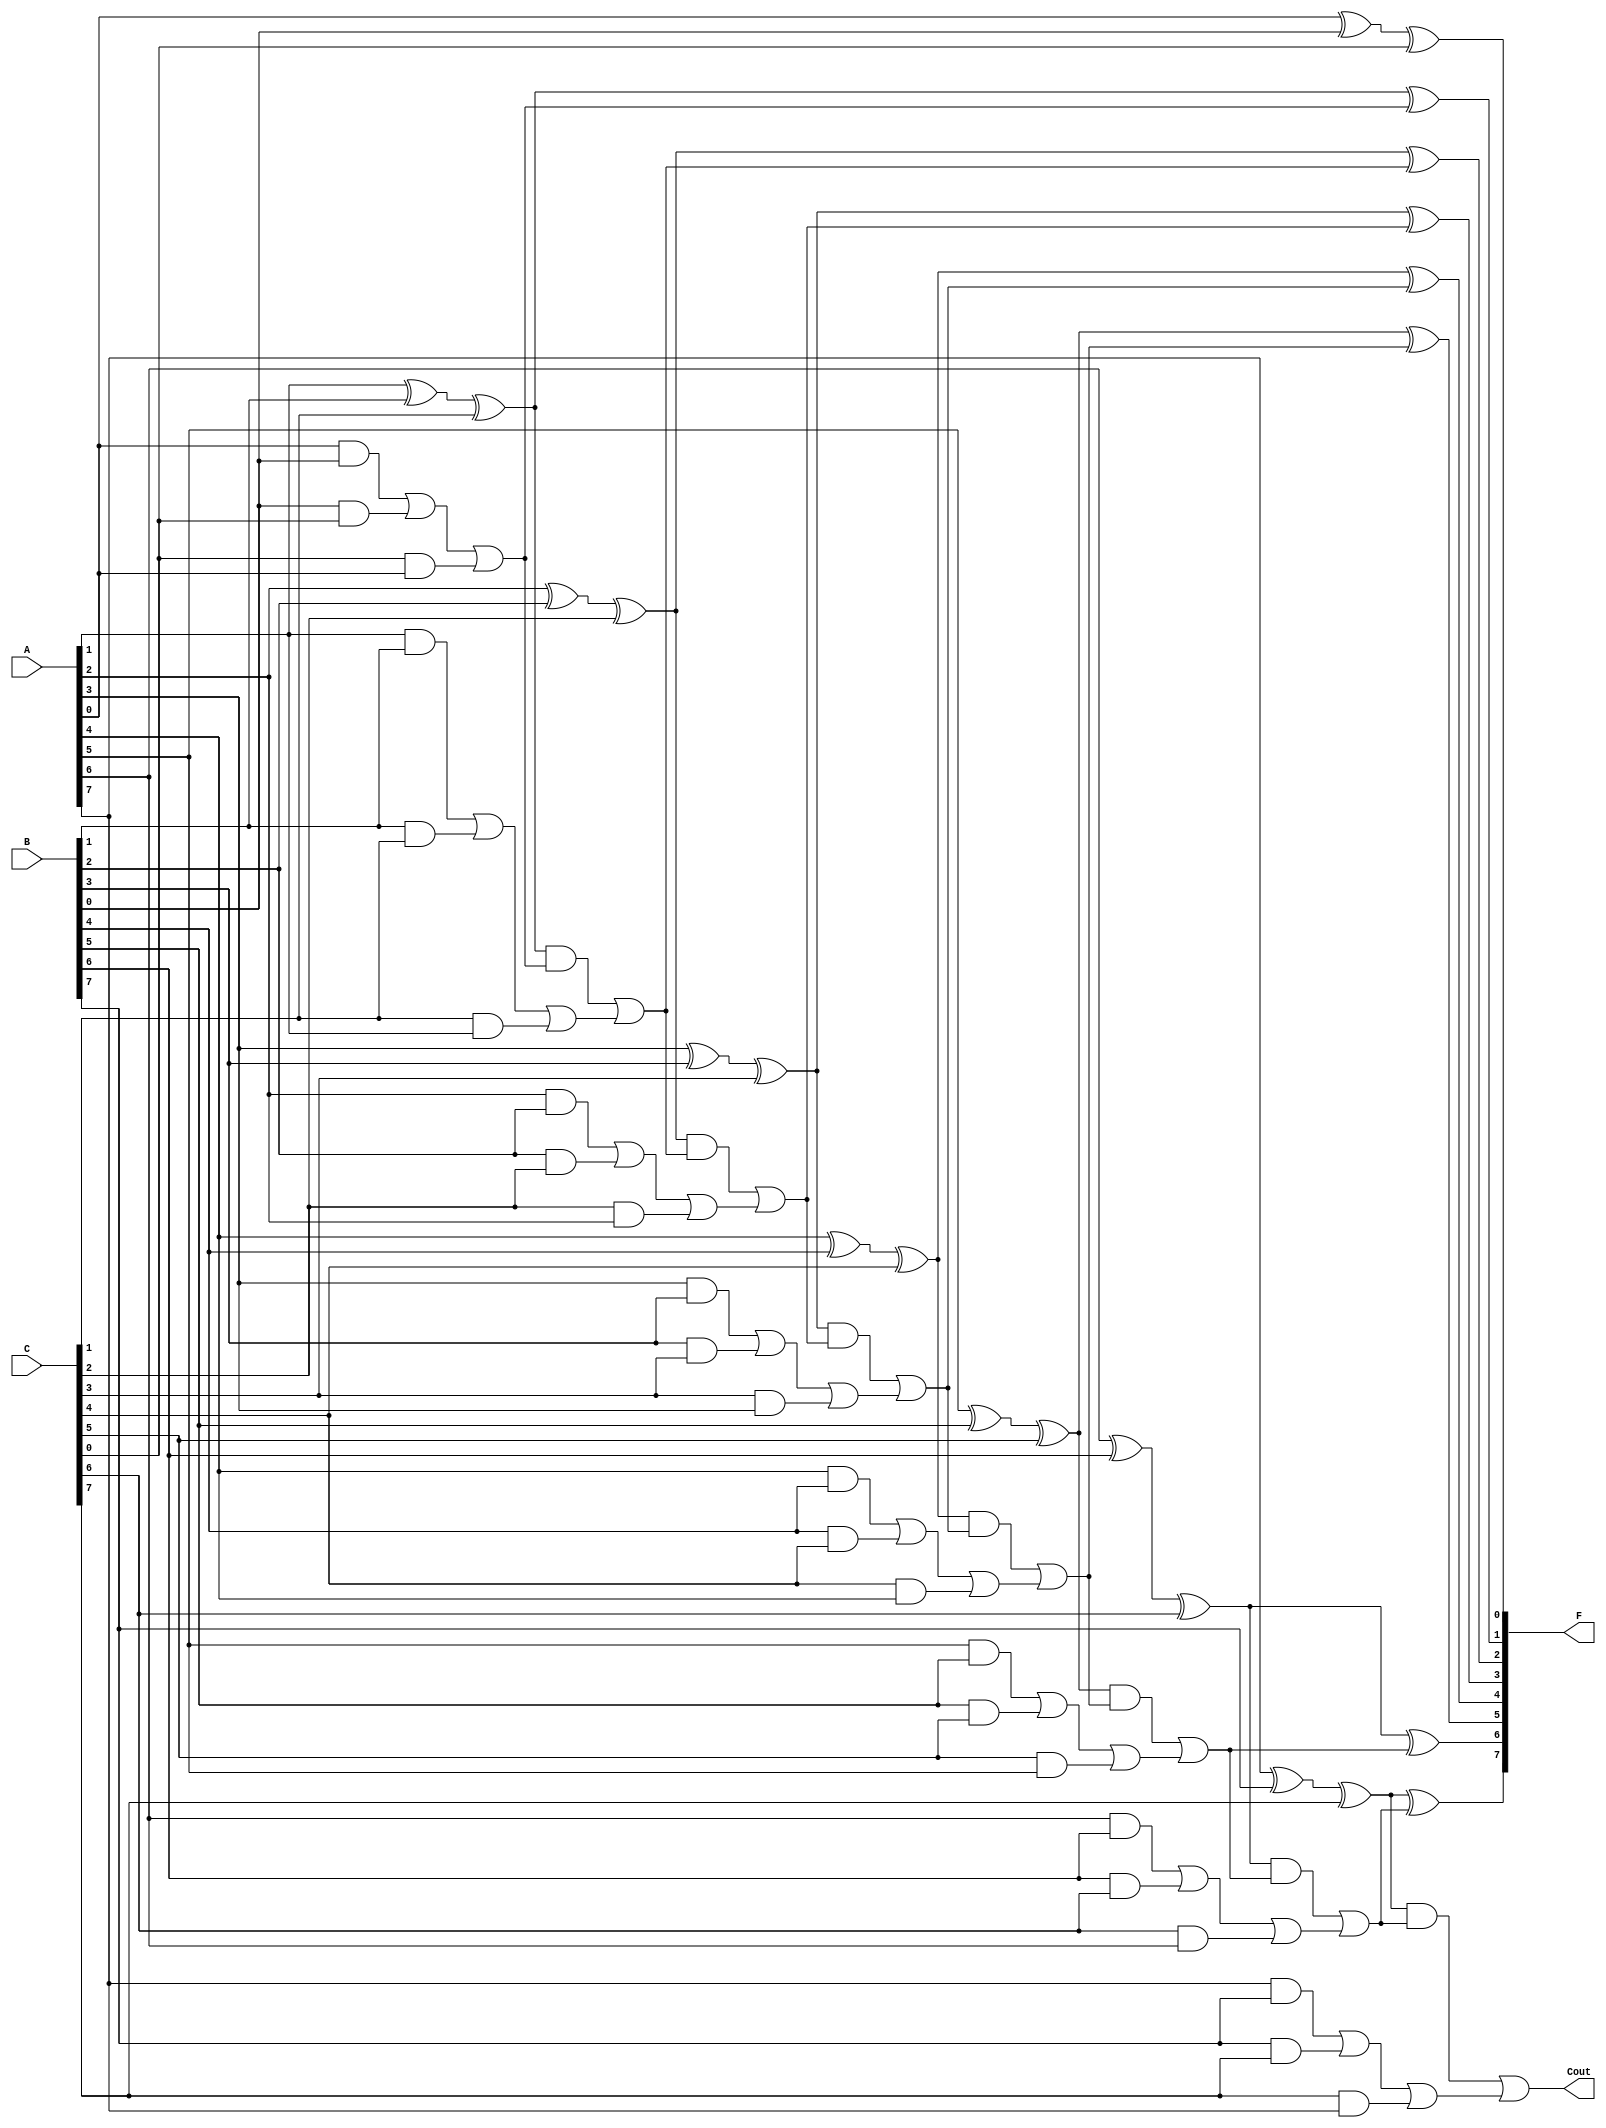
module CarrySaveAdder #(parameter N = 8) (
    input  wire [N-1:0] A,      // First n-bit input
    input  wire [N-1:0] B,      // Second n-bit input
    input  wire [N-1:0] C,      // Third n-bit input
    output wire [N-1:0] F,      // Final sum output
    output wire       Cout       // Carry out
);

    // Intermediate sum and carry vectors
    wire [N-1:0] S; // Sum output from CSA
    wire [N-1:0] C_save; // Carry output from CSA

    // Carry Save Adder Logic
    genvar i;
    generate
        for (i = 0; i < N; i = i + 1) begin : CSA
            assign S[i] = A[i] ^ B[i] ^ C[i]; // Sum bit
            assign C_save[i] = (A[i] & B[i]) | (B[i] & C[i]) | (C[i] & A[i]); // Carry bit
        end
    endgenerate

    // Carry Propagation Logic (Ripple Carry Adder)
    wire [N:0] carry; // Carry bits
    assign carry[0] = 0; // Initial carry-in

    generate
        for (i = 0; i < N; i = i + 1) begin : RCA
            assign F[i] = S[i] ^ carry[i]; // Final sum bit
            assign carry[i + 1] = (S[i] & carry[i]) | C_save[i]; // Carry out for next bit
        end
    endgenerate

    assign Cout = carry[N]; // Final carry out

endmodule